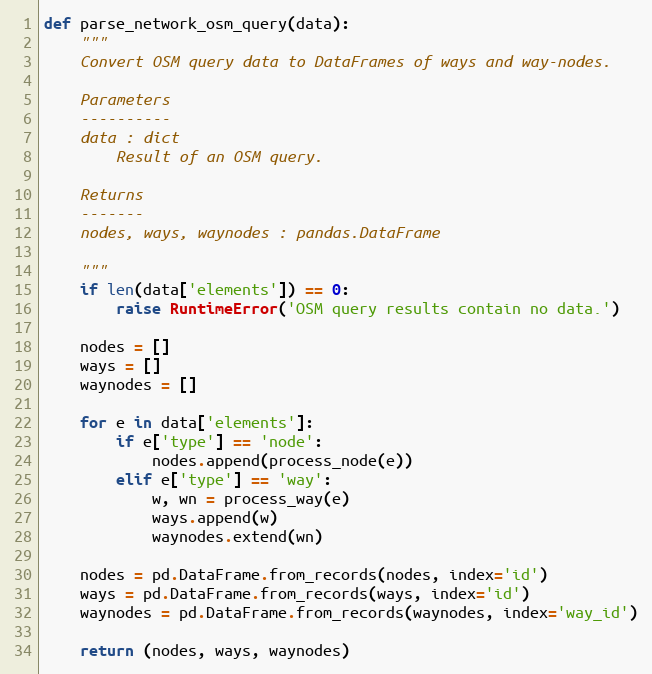
Language: Python
def parse_network_osm_query(data):
    """
    Convert OSM query data to DataFrames of ways and way-nodes.

    Parameters
    ----------
    data : dict
        Result of an OSM query.

    Returns
    -------
    nodes, ways, waynodes : pandas.DataFrame

    """
    if len(data['elements']) == 0:
        raise RuntimeError('OSM query results contain no data.')

    nodes = []
    ways = []
    waynodes = []

    for e in data['elements']:
        if e['type'] == 'node':
            nodes.append(process_node(e))
        elif e['type'] == 'way':
            w, wn = process_way(e)
            ways.append(w)
            waynodes.extend(wn)

    nodes = pd.DataFrame.from_records(nodes, index='id')
    ways = pd.DataFrame.from_records(ways, index='id')
    waynodes = pd.DataFrame.from_records(waynodes, index='way_id')

    return (nodes, ways, waynodes)